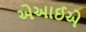
એઆઈએ